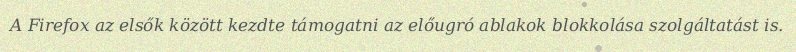
A Firefox az elsők között kezdte támogatni az előugró ablakok blokkolása szolgáltatást is.